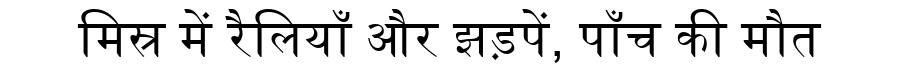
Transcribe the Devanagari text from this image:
मिस्र में रैलियाँ और झड़पें, पाँच की मौत